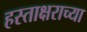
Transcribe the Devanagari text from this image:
हस्ताक्षराच्या